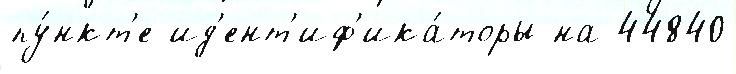
пу́нкт'е ид'ент'иф'ика́торы на 44840